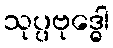
သုပ္ပဗုဒ္ဓေါ